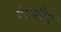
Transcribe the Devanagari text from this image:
पेरामीटर